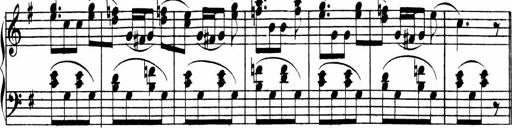
Title: 3 Sonatinen
Composer: Heinrich Lichner